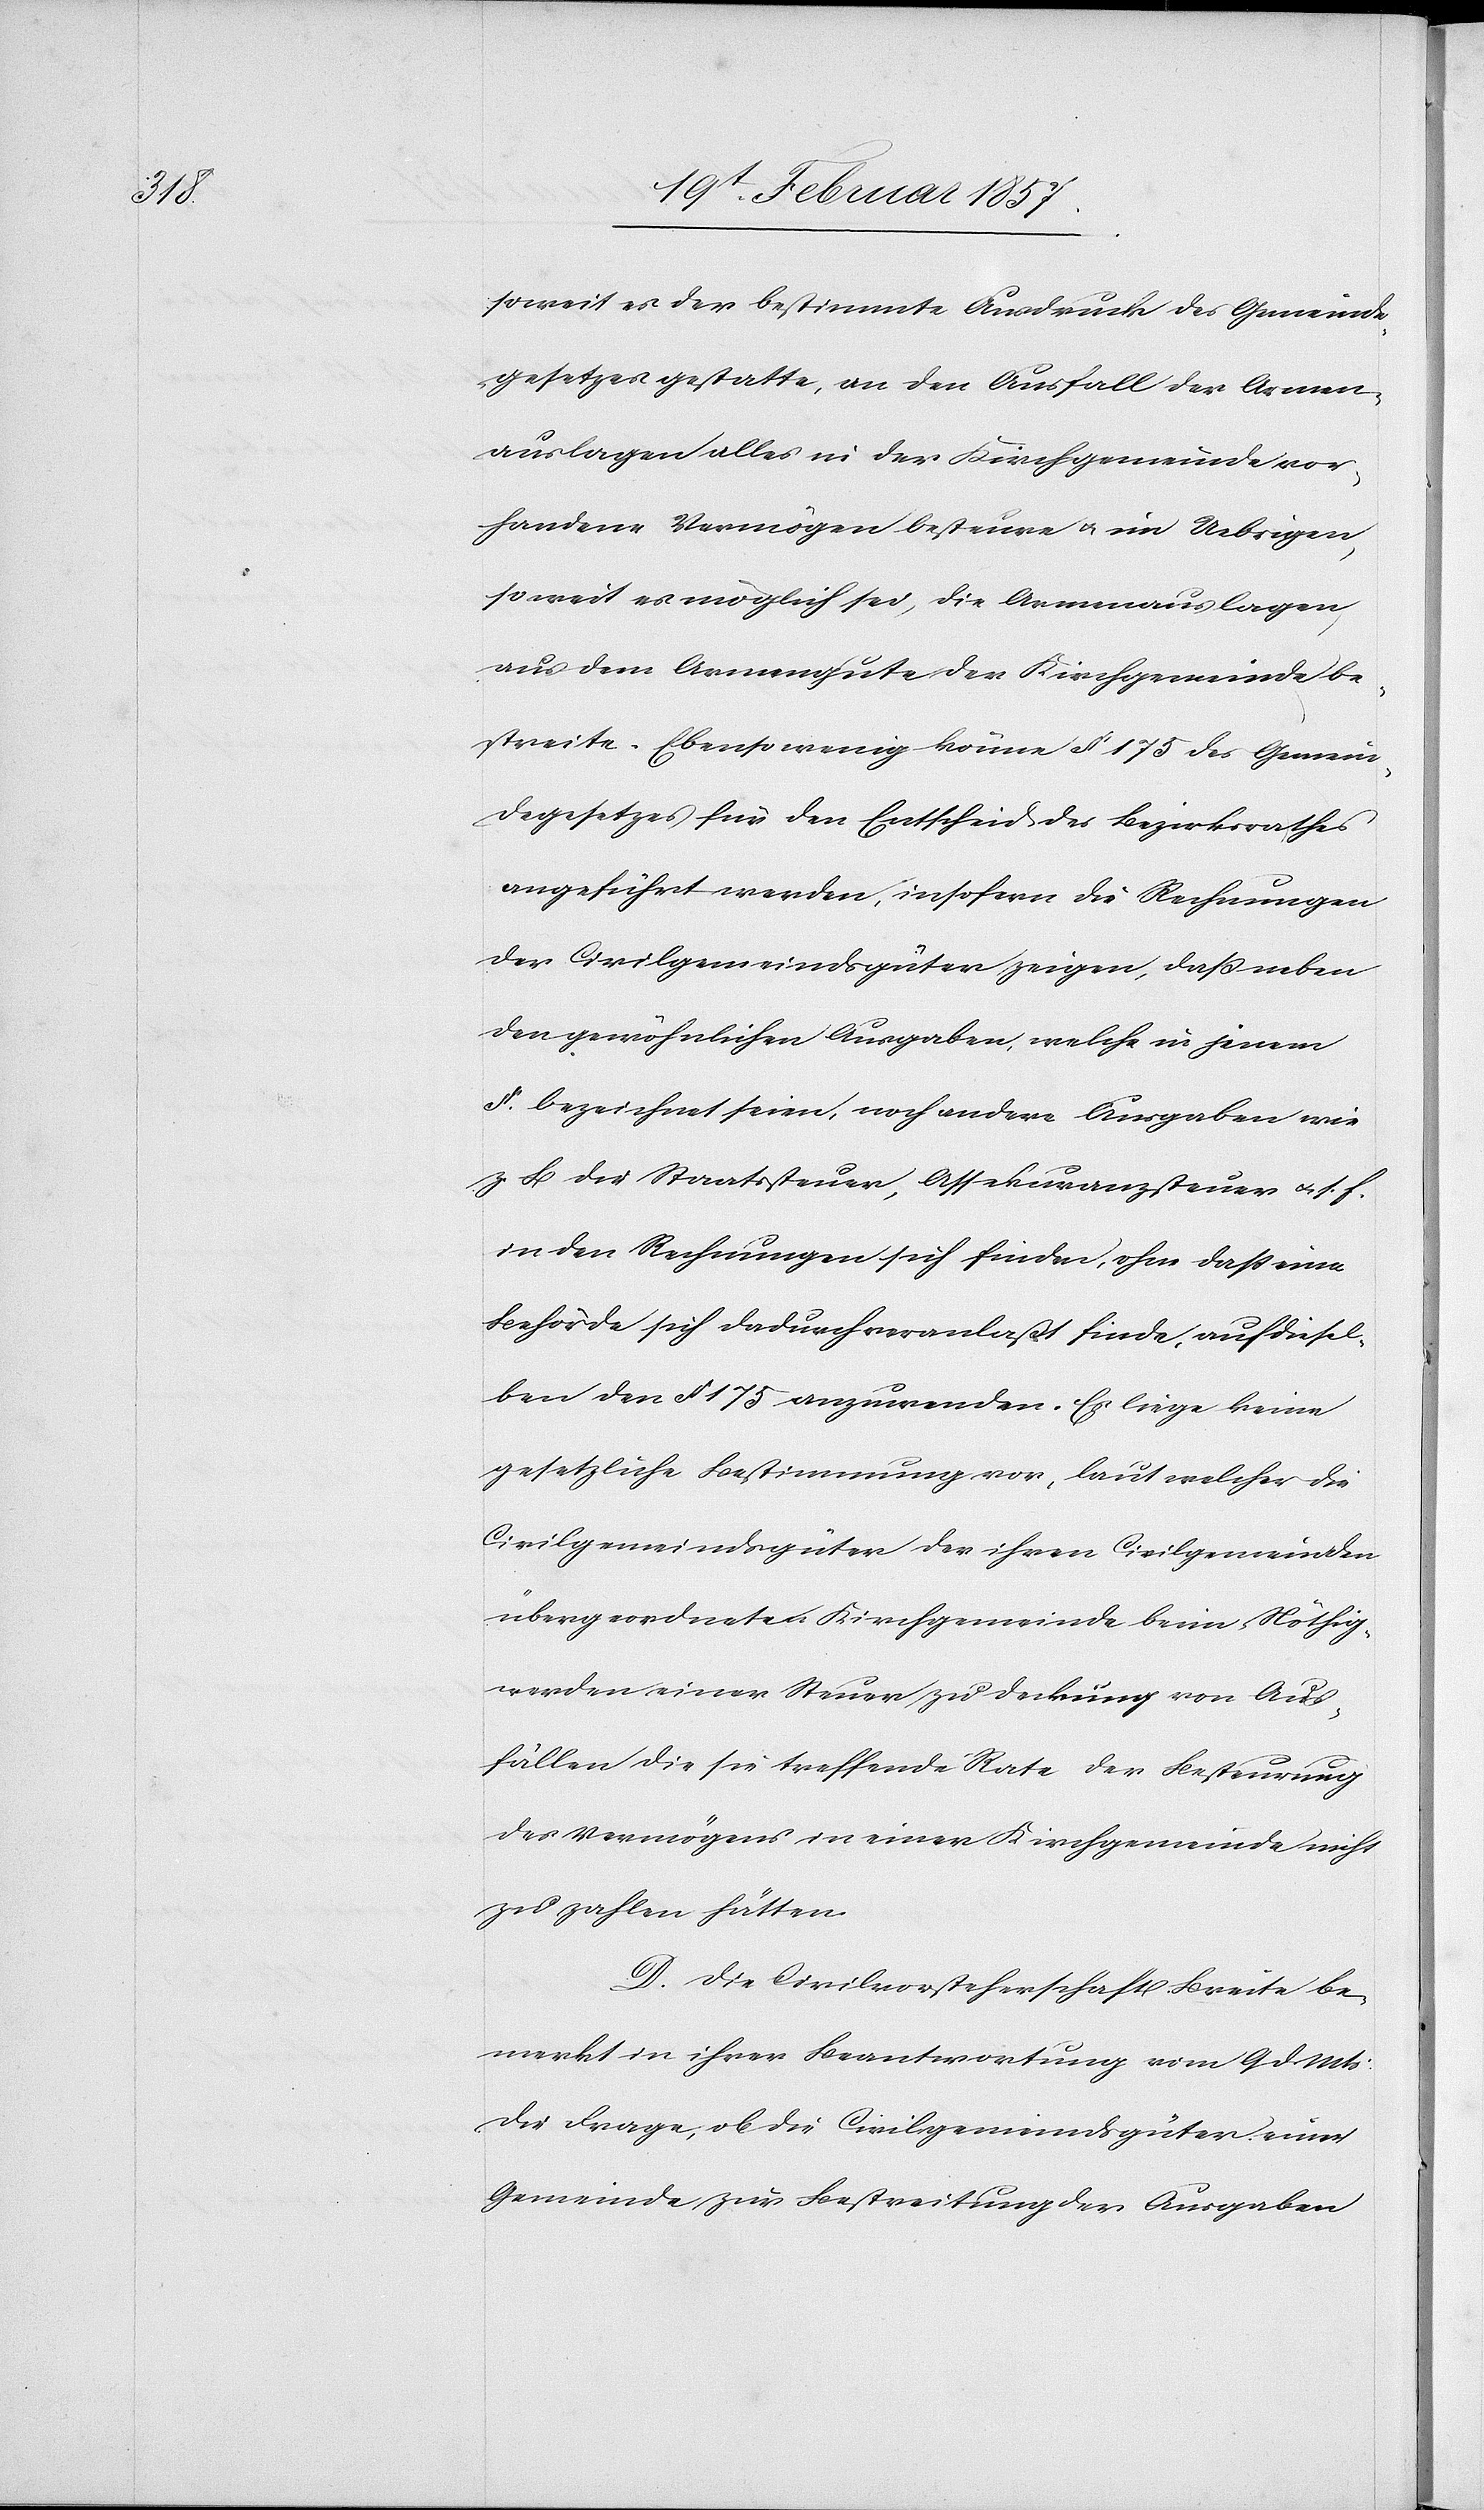
[sic!] es der bestimmte Ausdruck des Gemeinde¬
gesetzes gestatte, an den Ausfall der Armen¬
auslagen alles in der Kirchgemeinde vor¬
handene Vermögen besteure u. im Uebrigen,
soweit es möglich sei, die Armenauslagen,
aus dem Armengute der Kirchgemeinde be¬
streite. Ebensowenig könne § 175 des Gemein¬
degesetzes für den Entscheid des Bezirksrathes
angeführt werden, insofern die Rechnungen
der Civilgemeindsgüter zeigen, daß neben
den gewöhnlichen Ausgaben, welche in jenem
§. bezeichnet seien, noch andere Ausgaben wie
z. B die Staatssteuer, Assekuranzsteuer u. s. f.
in den Rechnungen sich finden, ohne daß eine
Behörde sich dadurch veranlaßt finde, auf diesel¬
ben den § 175 anzuwenden. Es liege keine
gesetzliche Bestimmung vor, laut welcher die
Civilgemeindsgüter der ihren Civilgemeinden
übergeordneten Kirchgemeinde beim Nöthig¬
werden einer Steuer zu Deckung von Aus¬
fällen die sie treffende Rate der Besteurung
des Vermögens in einer Kirchgemeinde nicht
zu zahlen hätten.
D. Die Civilvorsteherschaft Breite be¬
merkt in ihrer Beantwortung vom 9 d. Mts:
Die Frage, ob die Civilgemeindsgüter einer
Gemeinde zur Bestreitung der Ausgaben